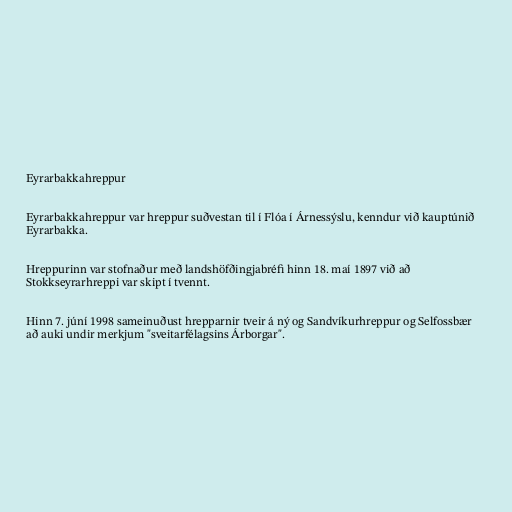
Eyrarbakkahreppur

Eyrarbakkahreppur var hreppur suðvestan til í Flóa í Árnessýslu, kenndur við kauptúnið
Eyrarbakka.

Hreppurinn var stofnaður með landshöfðingjabréfi hinn 18. maí 1897 við að
Stokkseyrarhreppi var skipt í tvennt.

Hinn 7. júní 1998 sameinuðust hrepparnir tveir á ný og Sandvíkurhreppur og Selfossbær
að auki undir merkjum "sveitarfélagsins Árborgar".